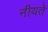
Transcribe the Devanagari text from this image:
नीयते